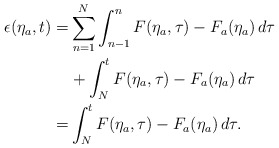
\begin{align*}\begin{aligned}\epsilon(\eta_a,t) =& \sum_{n = 1}^N\int_{n-1}^{n} F(\eta_a,\tau)-F_a(\eta_a)\,d \tau \\& +\int_{N}^{t} F(\eta_a,\tau)-F_a(\eta_a)\,d \tau\\=& \int_{N}^{t} F(\eta_a,\tau)-F_a(\eta_a)\,d \tau.\end{aligned}\end{align*}